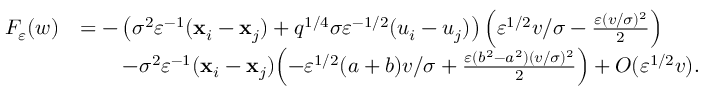
\begin{array} { r l } { F _ { \varepsilon } ( w ) } & { = - \left( \sigma ^ { 2 } \varepsilon ^ { - 1 } ( \mathbf { x } _ { i } - \mathbf { x } _ { j } ) + q ^ { 1 / 4 } \sigma \varepsilon ^ { - 1 / 2 } ( u _ { i } - u _ { j } ) \right) \left( \varepsilon ^ { 1 / 2 } v / \sigma - \frac { \varepsilon ( v / \sigma ) ^ { 2 } } { 2 } \right) } \\ & { \qquad - \sigma ^ { 2 } \varepsilon ^ { - 1 } ( \mathbf { x } _ { i } - \mathbf { x } _ { j } ) \Bigl ( - \varepsilon ^ { 1 / 2 } ( a + b ) v / \sigma + \frac { \varepsilon ( b ^ { 2 } - a ^ { 2 } ) ( v / \sigma ) ^ { 2 } } { 2 } \Bigr ) + O ( \varepsilon ^ { 1 / 2 } v ) . } \end{array}